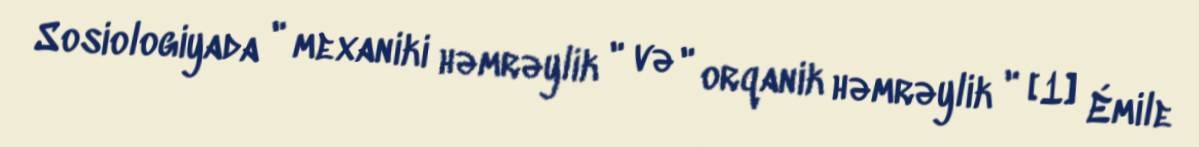
Sosiologiyada " mexaniki həmrəylik " və " orqanik həmrəylik " [1] Émile